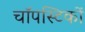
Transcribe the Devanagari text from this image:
चॉपस्टिकों